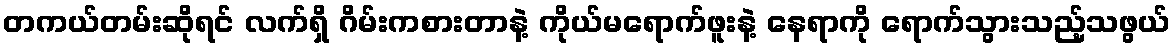
တကယ်တမ်းဆိုရင် လက်ရှိ ဂိမ်းကစားတာနဲ့ ကိုယ်မရောက်ဖူးနဲ့ နေရာကို ရောက်သွားသည့်သဖွယ်